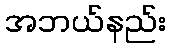
အဘယ်နည်း